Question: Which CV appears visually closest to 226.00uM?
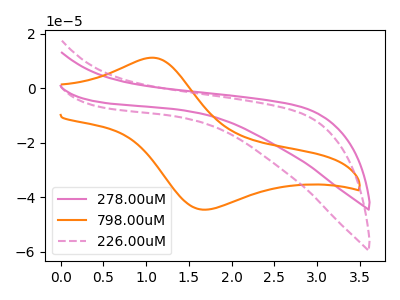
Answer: <think>The pink curve "278.00uM" has no peaks. The orange curve "798.00uM" has an anodic peak at (1.10V, 11.20uA) and a cathodic peak at (1.65V, -44.50uA). The pink dashed curve "226.00uM" has no peaks.
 "278.00uM" and "798.00uM" have a different number of peaks. Neither "278.00uM" or "226.00uM" have any peaks. "798.00uM" and "226.00uM" have a different number of peaks.</think>
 <answer>The CV with the most similar shape to "278.00uM" is "226.00uM".</answer>
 <eval>"226.00uM"</eval>